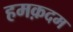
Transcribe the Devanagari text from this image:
हमक़दम